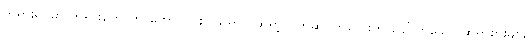
ဘုရားရှင်မှာ တရားတော်ကို ဟောကြားပြသရာ၌ ဆရာ့လက်ဆုပ်ကလေးဟု ခေါ်ကြသော ဆရာစားများ